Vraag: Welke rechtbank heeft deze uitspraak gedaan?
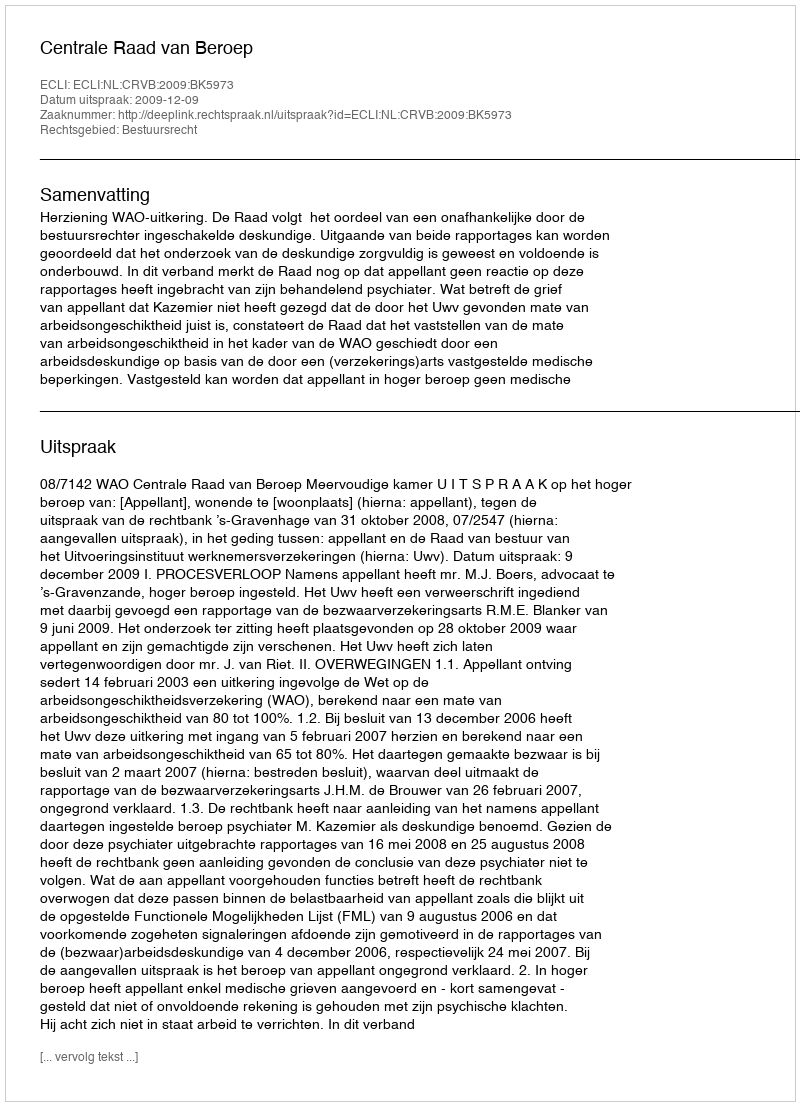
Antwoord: Centrale Raad van Beroep